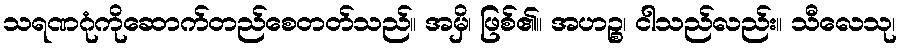
သရဏဂုံကိုဆောက်တည်စေတတ်သည်။ အမှိ၊ ဖြစ်၏။ အဟဉ္စ၊ ငါသည်လည်း။ သီလေသု၊